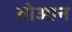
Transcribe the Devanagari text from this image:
तोआन